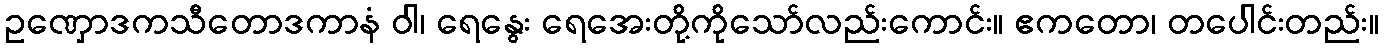
ဥဏှောဒကသီတောဒကာနံ ဝါ၊ ရေနွေး ရေအေးတို့ကိုသော်လည်းကောင်း။ ဧကတော၊ တပေါင်းတည်း။